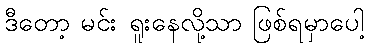
ဒီတော့ မင်း ရူးနေလို့သာ ဖြစ်ရမှာပေါ့